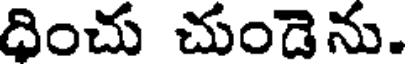
దించు చుండెను.